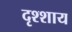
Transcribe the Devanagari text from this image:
दृश्शाय